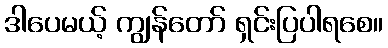
ဒါပေမယ့် ကျွန်တော် ရှင်းပြပါရစေ။